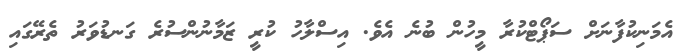
އެމަނިކުފާނަށް ސަޕޯޓްކުރާ މީހުން ބުނެ އެވެ. އިސްލާހު ކުރީ ޒަމާނުންސުރެ ގަނޑުވަރު ތެރޭގައި